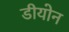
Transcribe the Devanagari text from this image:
डीयोन